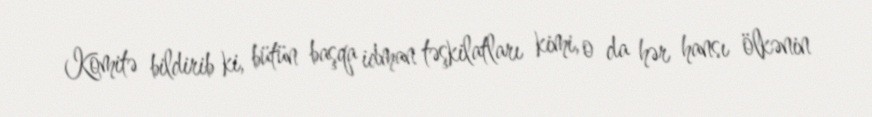
Komitə bildirib ki, bütün başqa idman təşkilatları kimi, o da hər hansı ölkənin